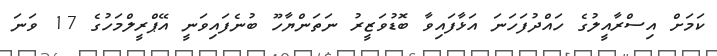
ކަމަށް އިސްރާއީލުގެ ހައްދުފަހަނަ އަޅާފައިވާ ބޮޑުވަޒީރު ނަތަންޔާހޫ ބުނެފައިވަނީ އޭޕްރީލްމަހުގެ 17 ވަނަ